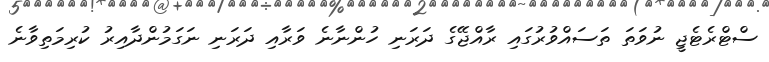
ސްޓްރެޓެޖީ ނުވަތަ ތަސައްވުރުގައި ރާއްޖޭގެ ދަރަނި ހުންނާނެ ވަރާއި ދަރަނި ނަގަމުންދާއިރު ކުރިމަތިވާނެ